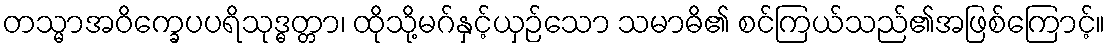
တသ္မာအဝိက္ခေပပရိသုဒ္ဓတ္တာ၊ ထိုသို့မဂ်နှင့်ယှဉ်သော သမာဓိ၏ စင်ကြယ်သည်၏အဖြစ်ကြောင့်။